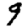
Digit: 9